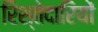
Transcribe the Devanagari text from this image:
रिश्तेदारियों